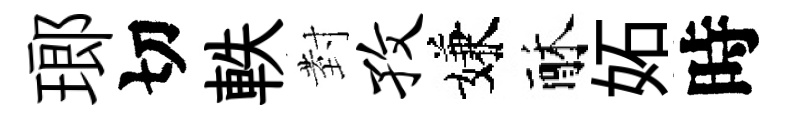
瑯切軼𭔹孜嫌酥妬時